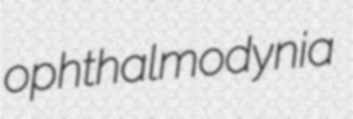
ophthalmodynia